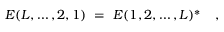
E ( L , \ldots , 2 , 1 ) \ = \ E ( 1 , 2 , \ldots , L ) ^ { * } \quad ,